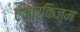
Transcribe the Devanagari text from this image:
एनार्किज़्म